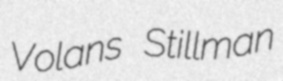
Volans Stillman